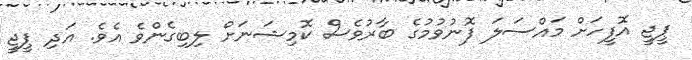
ޕީޖީ އޮފީހަށް މައްސަލަ ފޮނުވުމުގެ ބާރުވެސް ކޮމިޝަނަށް ލިބިގެންވެ އެވެ. އަދި ޕީޖީ